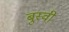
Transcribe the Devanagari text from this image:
बुस्वी